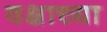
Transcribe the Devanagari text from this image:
वक्षाच्या